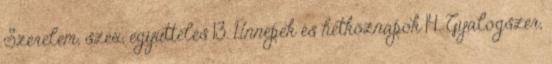
Szerelem, szex, együttélés 13. Ünnepek és hétköznapok 14. Gyalogszer,